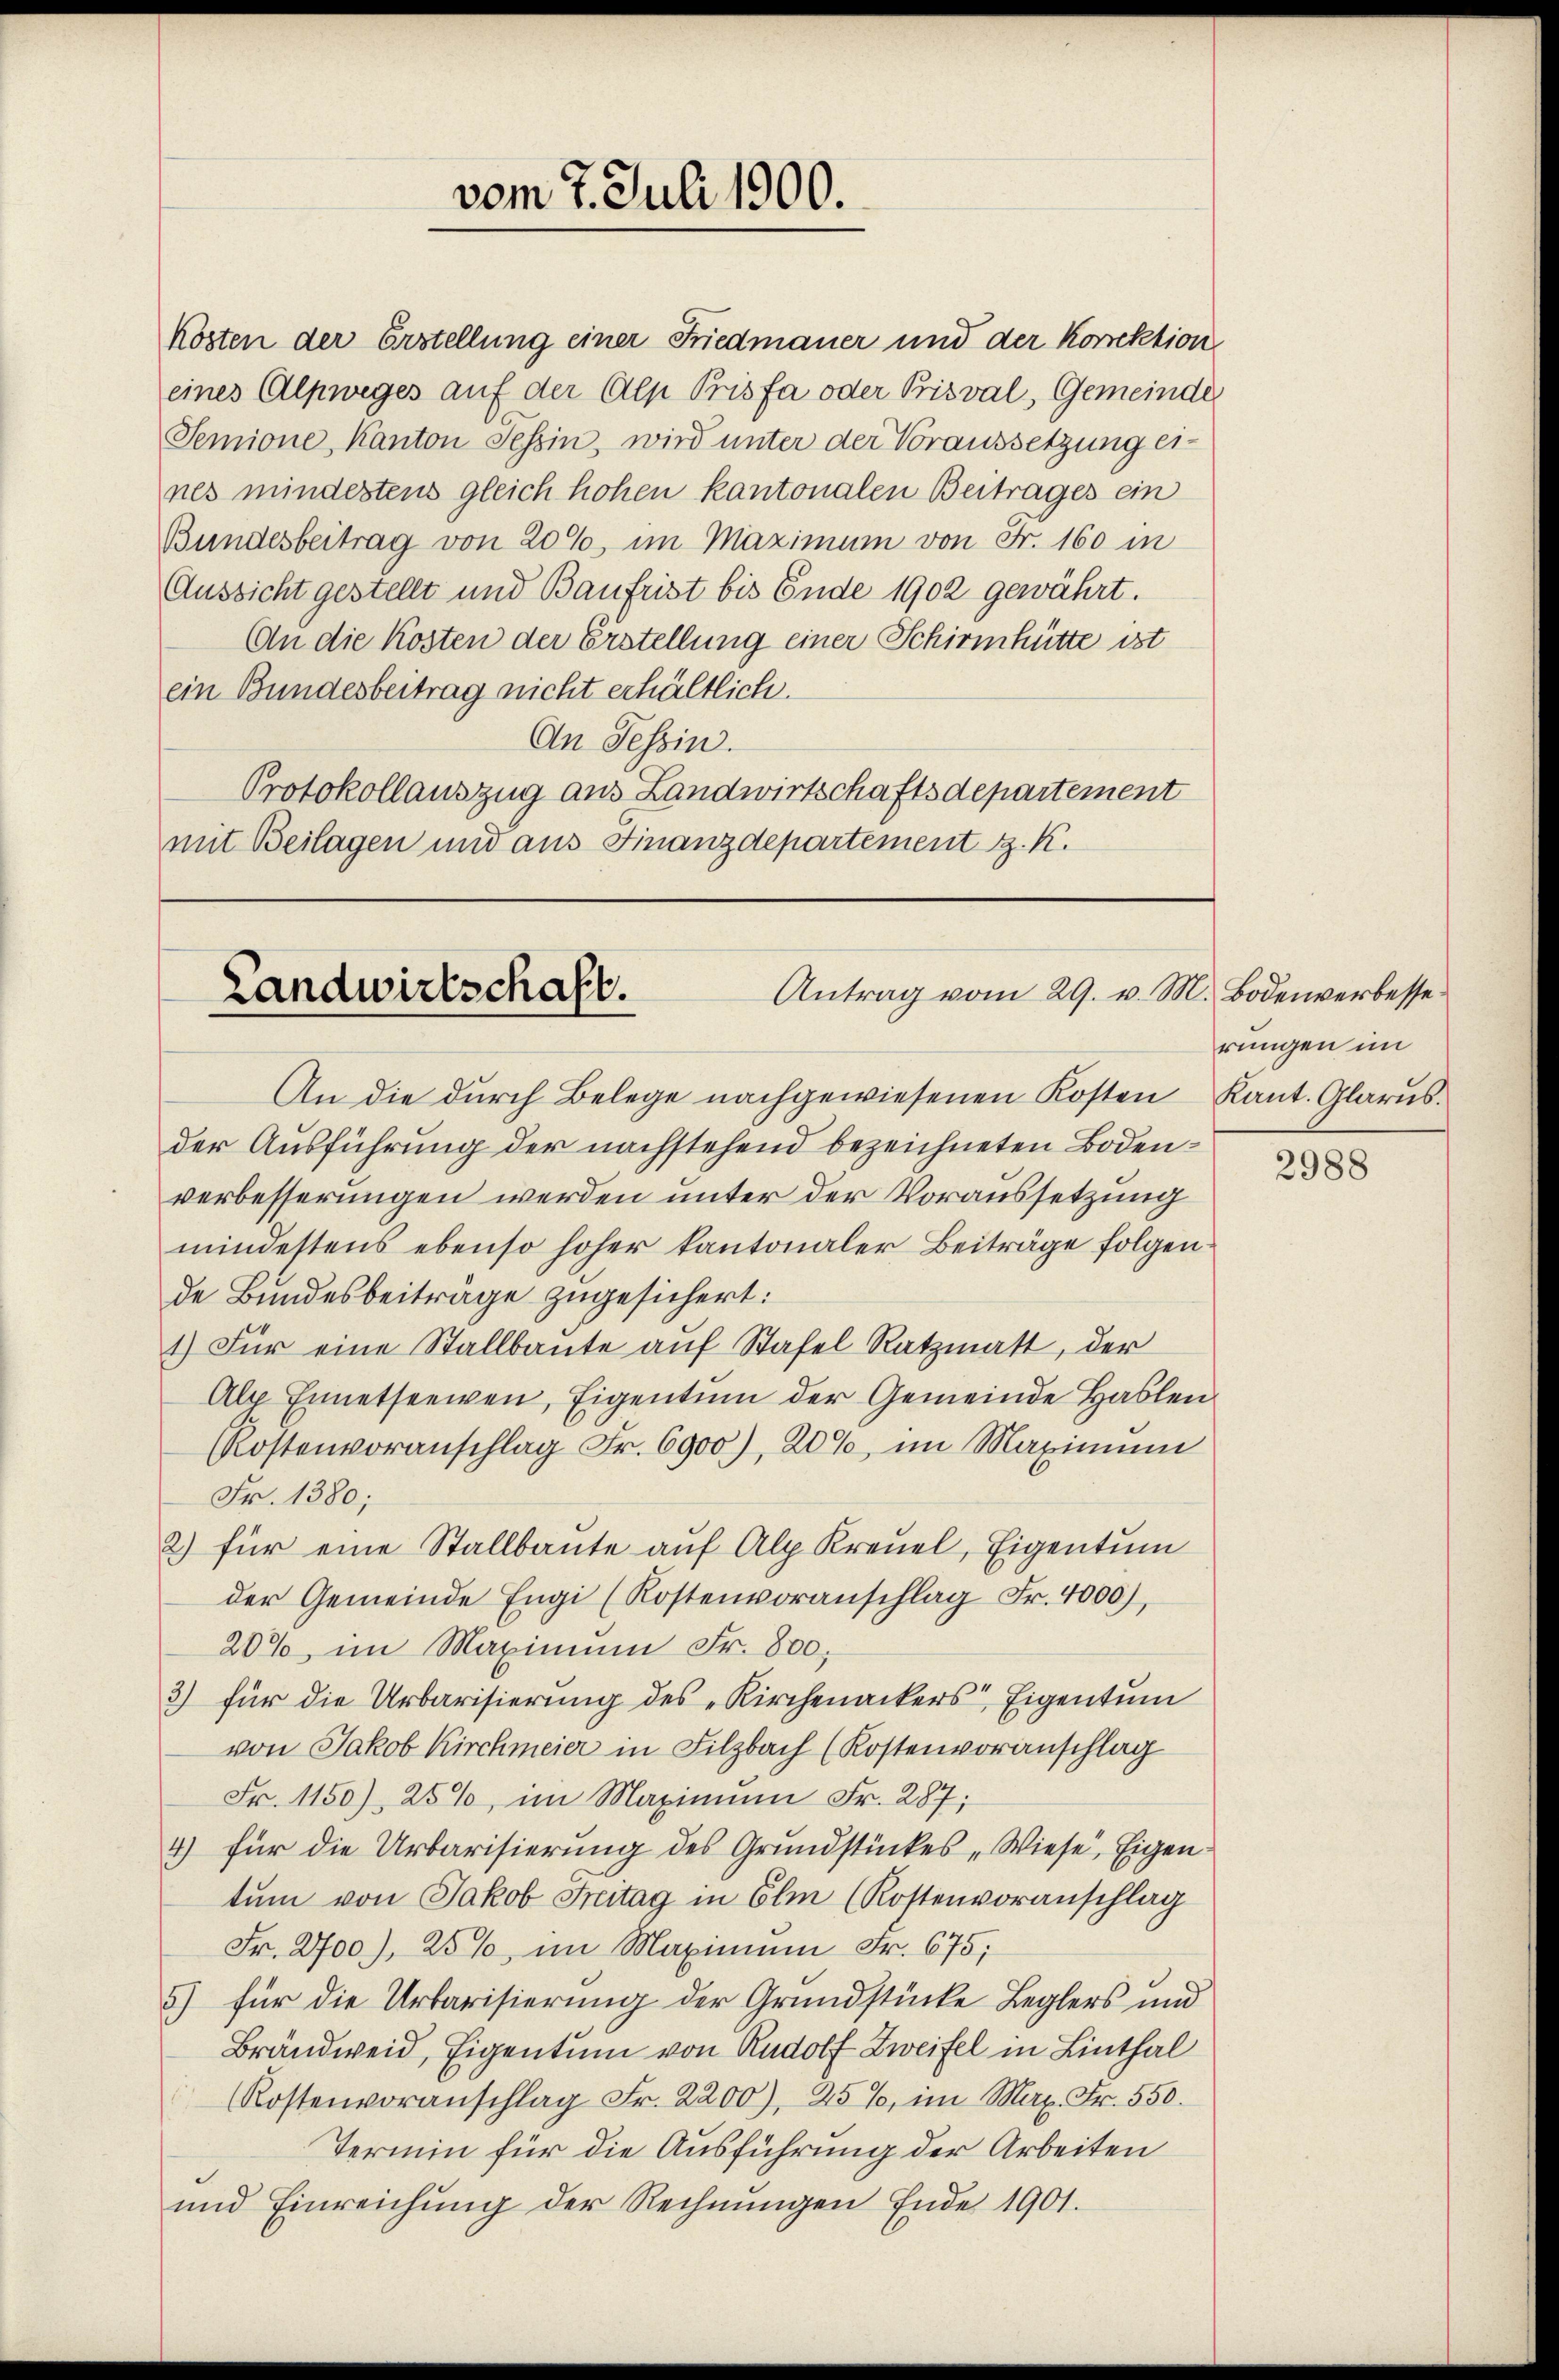
kosten der Erstellung einer Friedmauer und der korrektion
eines Alpweges auf der Alp Prisfa oder Prisval, Gemeinde
Semione, Kanton Tessin, wird unter der Voraussetzung eines mindestens gleich hohen kantonalen Beitrages ein
Bundesbeitrag von 200, im Maximum von Fr. 160 in
Aussicht gestellt und Baufrist bis Ende 1902 gewährt.
An die Kosten der Erstellung einer Schirmhütte ist
ein Bundesbeitrag nicht erhältlich.
An Tessin.
Protokollauszug aus Landwirtschaftsdepartement
mit Beilagen und aus Finanzdepartement z. K.

vom 7. Juli 1900.

Antrag vom 29. v. M. Bodenverbesse¬
Landwirtschaft.

rungen im

An die durch Belege nachgewiesenen Kosten Kant. Glarus.
der Ausführung der nachstehend bezeichneten Bodenverbesserungen werden unter der Voraussetzung
mindestens ebenso hoher kantonaler Beiträge folgende Bundesbeiträge zugesichert:
1) Für eine Stallbaŭte aŭf Stafel Ratzmatt, der
Alp Ennetseewen, Eigentum der Gemeinde Hablen
Kostenvoranschlag Fr. 6900), 206, im Maximum
Fr. 1380;
2) für eine Stallbaute auf Alp Kreuel, Eigentum
der Gemeinde Engi (Kostenvoranschlag Fr. 4000),
20%, im Maximum Fr. 800.
3) für die Urbarisierung des „Kirchenackers, Eigentum
von Jakob Kirchmeier in Filzbach (Kostenvoranschlag
Fr. 1150), 25%, im Maximum Fr. 287;
4) für die Urbarisierung des Grundstückes „Wiese Eigen
tum von Jakob Freitag in Elm (Kostenvoranschlag
Fr. 2700), 25%, im Maximum Fr. 675;
5) für die Urbarisierung der Grundstücke Leglers und
Brandweid, Eigentum von Rudolf Zweifel in Linthal
Kostenvoranschlag Fr. 2200), 25%, im Max Fr. 550.
Termin für die Ausführung der Arbeiten
und Einreichung der Rechnŭngen Ende 1901.

2988